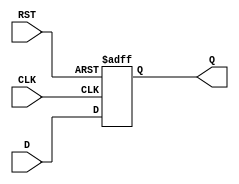
module FlipFlopRegister #(
    parameter WIDTH = 8  // Default width of the register
)(
    input wire [WIDTH-1:0] D,     // Data input
    input wire CLK,                // Clock input
    input wire RST,                // Asynchronous reset
    output reg [WIDTH-1:0] Q       // Data output
);

// Sequential logic for the Flip-Flop Register
always @(posedge CLK or posedge RST) begin
    if (RST) begin
        Q <= {WIDTH{1'b0}}; // Reset output to 0
    end else begin
        Q <= D; // Capture data on the rising edge of the clock
    end
end

endmodule